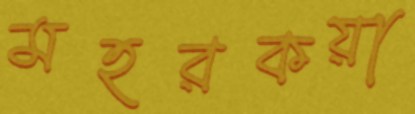
মহরকয়া